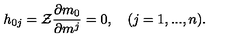
h _ { 0 j } = { \cal Z } \frac { \partial m _ { 0 } } { \partial m ^ { j } } = 0 , \quad ( j = 1 , . . . , n ) .